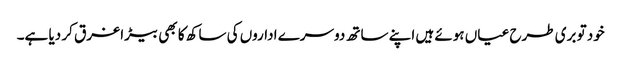
خود تو بری طرح عیاں ہوئے ہیں اپنے ساتھ دوسرے اداروں کی ساکھ کا بھی بیڑا غرق کر دیا ہے۔